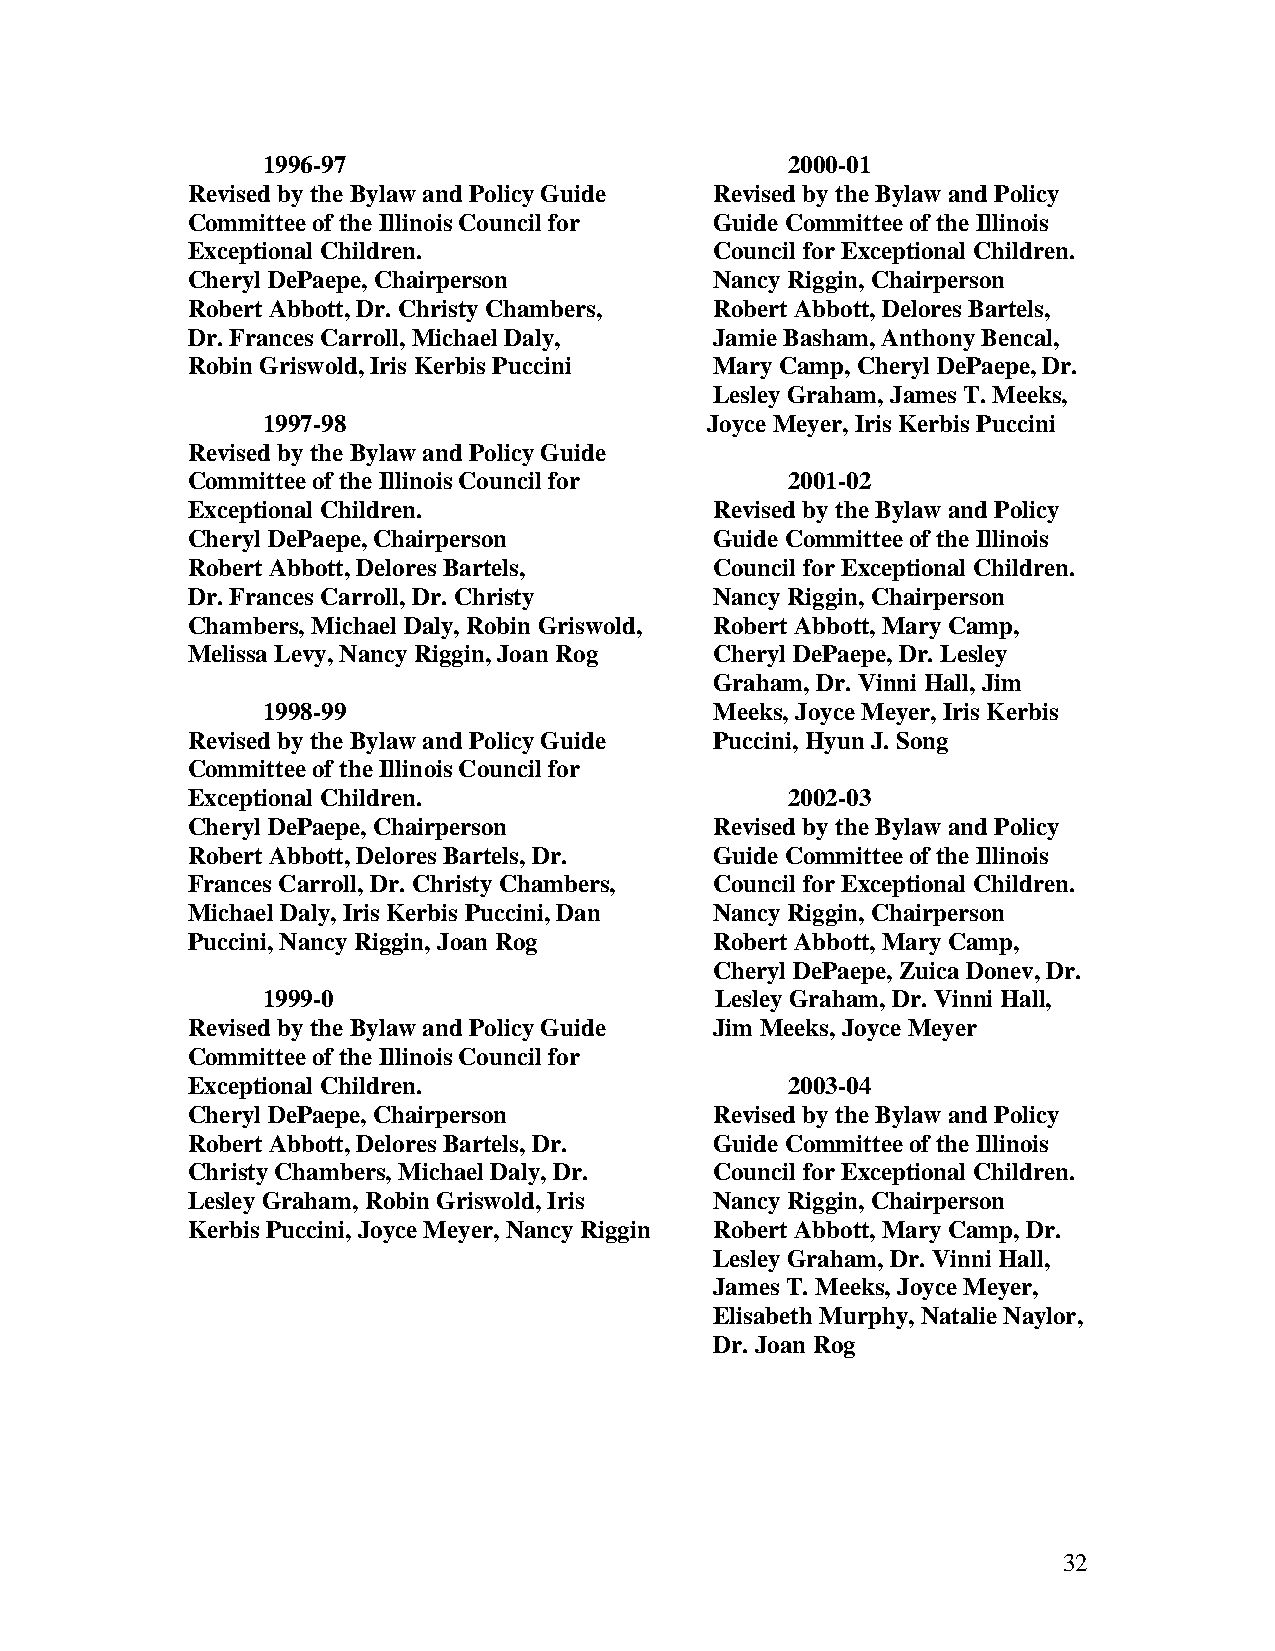
1996-97                            2000-01
 Revised by the Bylaw and Policy Guide Revised by the Bylaw and Policy
 Committee of the Illinois Council for Guide Committee of the Illinois
 Exceptional Children.              Council for Exceptional Children.
 Cheryl DePaepe, Chairperson        Nancy Riggin, Chairperson
 Robert Abbott, Dr. Christy Chambers, Robert Abbott, Delores Bartels,
 Dr. Frances Carroll, Michael Daly, Jamie Basham, Anthony Bencal,
 Robin Griswold, Iris Kerbis Puccini Mary Camp, Cheryl DePaepe, Dr.
 Lesley Graham, James T. Meeks,
 1997-98                       Joyce Meyer, Iris Kerbis Puccini
 Revised by the Bylaw and Policy Guide
 Committee of the Illinois Council for   2001-02
 Exceptional Children.              Revised by the Bylaw and Policy
 Cheryl DePaepe, Chairperson        Guide Committee of the Illinois
 Robert Abbott, Delores Bartels,    Council for Exceptional Children.
 Dr. Frances Carroll, Dr. Christy   Nancy Riggin, Chairperson
 Chambers, Michael Daly, Robin Griswold, Robert Abbott, Mary Camp,
 Melissa Levy, Nancy Riggin, Joan Rog Cheryl DePaepe, Dr. Lesley
 Graham, Dr. Vinni Hall, Jim
 1998-99                       Meeks, Joyce Meyer, Iris Kerbis
 Revised by the Bylaw and Policy Guide Puccini, Hyun J. Song
 Committee of the Illinois Council for
 Exceptional Children.                   2002-03
 Cheryl DePaepe, Chairperson        Revised by the Bylaw and Policy
 Robert Abbott, Delores Bartels, Dr. Guide Committee of the Illinois
 Frances Carroll, Dr. Christy Chambers, Council for Exceptional Children.
 Michael Daly, Iris Kerbis Puccini, Dan Nancy Riggin, Chairperson
 Puccini, Nancy Riggin, Joan Rog    Robert Abbott, Mary Camp,
 Cheryl DePaepe, Zuica Donev, Dr.
 1999-0                        Lesley Graham, Dr. Vinni Hall,
 Revised by the Bylaw and Policy Guide Jim Meeks, Joyce Meyer
 Committee of the Illinois Council for
 Exceptional Children.                   2003-04
 Cheryl DePaepe, Chairperson        Revised by the Bylaw and Policy
 Robert Abbott, Delores Bartels, Dr. Guide Committee of the Illinois
 Christy Chambers, Michael Daly, Dr. Council for Exceptional Children.
 Lesley Graham, Robin Griswold, Iris Nancy Riggin, Chairperson
 Kerbis Puccini, Joyce Meyer, Nancy Riggin Robert Abbott, Mary Camp, Dr.
 Lesley Graham, Dr. Vinni Hall,
 James T. Meeks, Joyce Meyer,
 Elisabeth Murphy, Natalie Naylor,
 Dr. Joan Rog
 32